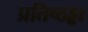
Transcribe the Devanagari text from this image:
प्रतिष्ठड्ढा